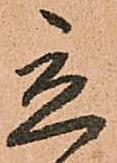
立